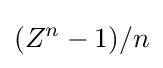
(Z^{n}-1)/n